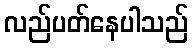
လည်ပတ်နေပါသည်